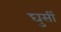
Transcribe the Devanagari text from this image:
घुसीं